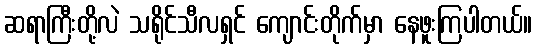
ဆရာကြီးတို့လဲ သရိုင်သီလရှင် ကျောင်းတိုက်မှာ နေဖူးကြပါတယ်။